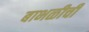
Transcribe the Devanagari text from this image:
बाभळीची